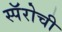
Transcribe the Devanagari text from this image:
स्पॅरोची